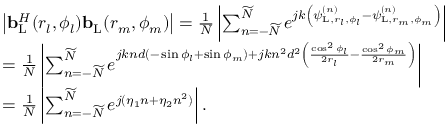
\begin{array} { r l } & { \left| { \bf { b } } _ { \mathrm { { L } } } ^ { H } ( r _ { l } , \phi _ { l } ) { \bf { b } } _ { \mathrm { L } } ( r _ { m } , \phi _ { m } ) \right| = \frac { 1 } { N } \left| \sum _ { n = - \widetilde { N } } ^ { \widetilde { N } } e ^ { j k \left( \psi _ { \mathrm { { L } } , r _ { l } , \phi _ { l } } ^ { ( n ) } - \psi _ { { \mathrm { L } } , r _ { m } , \phi _ { m } } ^ { ( n ) } \right) } \right| } \\ & { = \frac { 1 } { N } \left| \sum _ { n = - \widetilde { N } } ^ { \widetilde { N } } e ^ { j k n d \left( - \sin \phi _ { l } + \sin \phi _ { m } \right) + j k n ^ { 2 } d ^ { 2 } \left( \frac { \cos ^ { 2 } \phi _ { l } } { 2 r _ { l } } - \frac { \cos ^ { 2 } \phi _ { m } } { 2 r _ { m } } \right) } \right| } \\ & { = \frac { 1 } { N } \left| \sum _ { n = - \widetilde { N } } ^ { \widetilde { N } } e ^ { j ( \eta _ { 1 } n + \eta _ { 2 } n ^ { 2 } ) } \right| . } \end{array}